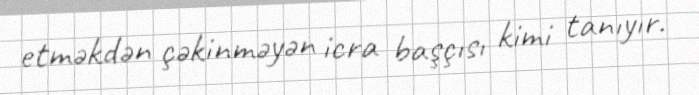
etməkdən çəkinməyən icra başçısı kimi tanıyır.